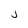
Character: j